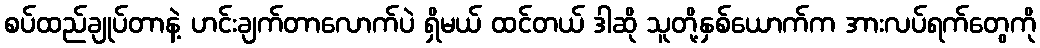
စပ်ထည်ချုပ်တာနဲ့ ဟင်းချက်တာလောက်ပဲ ရှိမယ် ထင်တယ် ဒါဆို သူတို့နှစ်ယောက်က အားလပ်ရက်တွေကို